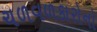
ચળવળકારોનો